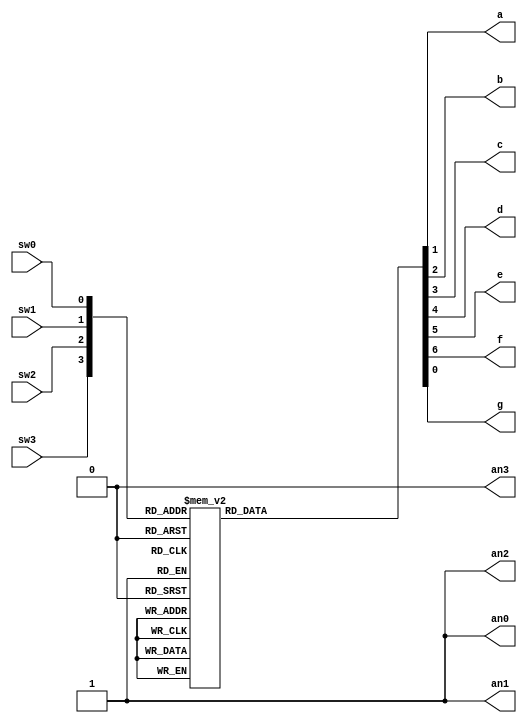
`timescale 1ns / 1ps

module VerilogStructuralModule(

input wire sw0 , // Switches
input wire sw1 ,
input wire sw2 ,
input wire sw3 ,
output reg a , // LED segments
output reg b ,
output reg c ,
output reg d ,
output reg e ,
output reg f ,
output reg g ,
output reg an0, // LED display control
output reg an1,
output reg an2,
output reg an3

    );

// Internal wire
wire [3:0] bundle ;
assign bundle = {sw3,sw2,sw1,sw0 } ;
always @(*) begin
// Setting the ANs signals
an0 = 1'b1;
an1 = 1'b1;
an2 = 1'b1;
an3 = 1'b0; // Display in the module AN3

// Setting the segments signals
a = 1'b1 ;
b = 1'b1 ; 
c = 1'b1 ;
d = 1'b1 ;
e = 1'b1 ;
f = 1'b1 ;
g = 1'b1 ;
case ( bundle )
4'b0000 : begin // 0
a = 1'b0 ;
b = 1'b0 ;
c = 1'b0 ;
d = 1'b0 ;
e = 1'b0 ;
f = 1'b0 ;
end
4'b0001 : begin // 1
b = 1'b0 ;
c = 1'b0 ;
end
4'b0010 : begin // 2
a = 1'b0 ;
b = 1'b0 ;
d = 1'b0 ;
e = 1'b0 ;
g = 1'b0 ;
end
4'b0011 : begin // 3
a = 1'b0 ;
b = 1'b0 ;
c = 1'b0 ;
d = 1'b0 ;
g = 1'b0 ;
end
4'b0100 : begin // 4
b = 1'b0 ;
c = 1'b0 ;
g = 1'b0 ;
f = 1'b0 ;
end
4'b0101 : begin // 5
a = 1'b0 ;
c = 1'b0 ;
d = 1'b0 ;
g = 1'b0 ;
f = 1'b0 ;
end
4'b0110 : begin // 6
a = 1'b0 ;
g = 1'b0 ;
c = 1'b0 ;
d = 1'b0 ;
e = 1'b0 ;
f = 1'b0 ;
end
4'b0111 : begin // 7
a = 1'b0 ;
b = 1'b0 ;
c = 1'b0 ;
end
4'b1000 : begin // 8
a = 1'b0 ;
b = 1'b0 ;
c = 1'b0 ;
d = 1'b0 ;
e = 1'b0 ;
f = 1'b0 ;
g = 1'b0 ;
end
4'b1001 : begin // 9
a = 1'b0 ;
b = 1'b0 ;
c = 1'b0 ;
d = 1'b0 ;
g = 1'b0 ;
f = 1'b0 ;
end
4'b1010 : begin // A
a = 1'b0 ;
b = 1'b0 ;
c = 1'b0 ;
e = 1'b0 ;
f = 1'b0 ;
g = 1'b0 ;
end
4'b1011 : begin // B
a = 1'b0 ;
b = 1'b0 ;
c = 1'b0 ;
d = 1'b0 ;
e = 1'b0 ;
f = 1'b0 ;
g = 1'b0 ;
end
4'b1100 : begin // C
a = 1'b0 ;
f = 1'b0 ;
e = 1'b0 ;
d = 1'b0 ;
end
4'b1101 : begin // D
a = 1'b0 ;
b = 1'b0 ;
c = 1'b0 ;
d = 1'b0 ;
e = 1'b0 ;
f = 1'b0 ;
end
4'b1110 : begin // E
a = 1'b0 ;
f = 1'b0 ;
g = 1'b0 ;
e = 1'b0 ;
d = 1'b0 ;
end
4'b1111 : begin // F
a = 1'b0 ;
f = 1'b0 ;
g = 1'b0 ;
e = 1'b0 ;
end

// Your code goes here

endcase
end 

endmodule